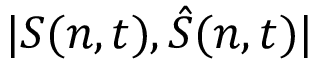
\lvert S ( n , t ) , \hat { S } ( n , t ) \rvert